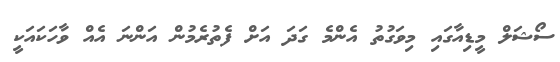
ސޯޝަލް މީޑިއާގައި މިވަގުތު އެންމެ ގަދަ އަށް ފެތުރެމުން އަންނަ އެއް ވާހަކައަކީ